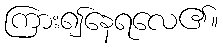
ကြား၍နေရလေ၏။